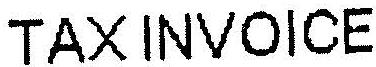
TAX INVOICE